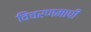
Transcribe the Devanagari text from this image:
विचरणमापी